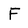
Character: f